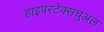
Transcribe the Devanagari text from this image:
हाइपरटेक्सचुअल